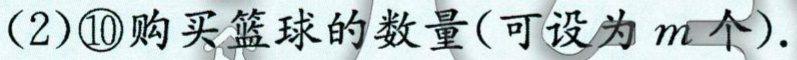
(2)\textcircled{10}购买篮球的数量(可设为\(m\)个).